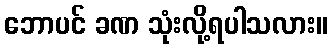
ဘောပင် ခဏ သုံးလို့ရပါသလား။